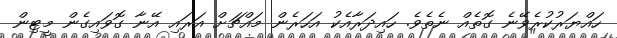
ހައްޔަރުކުރެވޭނެ ގޮތެއް ނެތެވެ. ހައިދަރާއެކު އަހަރެން މައްޗަށް އަރައި އޭނާ ގޮވައިގެން މީޓިން